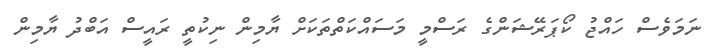
ނަމަވެސް ހައްޖު ކޯޕަރޭޝަންގެ ރަސްމީ މަސައްކަތްތަކަށް ޔާމިން ނިކުތީ ރައީސް އަބްދު ޔާމިން